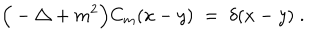
LaTeX: \Big ( - \triangle + m ^ { 2 } \Big ) C _ { m } ( x - y ) \; = \; \delta ( x - y ) \; .